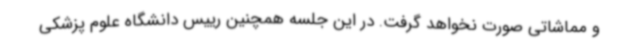
و مماشاتی صورت نخواهد گرفت. در این جلسه همچنین رییس دانشگاه علوم پزشکی